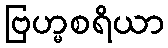
ဗြဟ္မစရိယာ